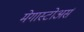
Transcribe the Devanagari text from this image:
मेगास्टोअर्स